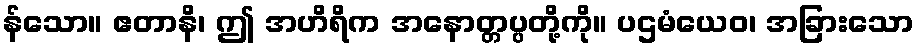
န်သော။ ဧတာနိ၊ ဤ အဟိရိက အနောတ္တပ္ပတို့ကို။ ပဌမံယေဝ၊ အခြားသော